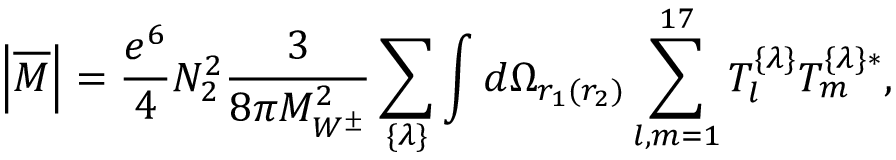
{ \left| { \overline { { M } } } \right| } = { \frac { e ^ { 6 } } { 4 } } N _ { 2 } ^ { 2 } { \frac { 3 } { 8 \pi M _ { W ^ { \pm } } ^ { 2 } } } \sum _ { \{ \lambda \} } \int d \Omega _ { r _ { 1 } ( r _ { 2 } ) } \sum _ { l , m = 1 } ^ { 1 7 } { T } _ { l } ^ { \{ \lambda \} } T _ { m } ^ { \{ \lambda \} * } ,